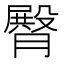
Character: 臀